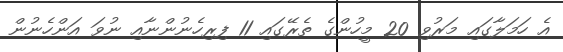
އެ ހަމަލާގައި މަރުވި 20 މީހުންގެ ތެރޭގައި 11 ފިރިހެނުންނާއި ނުވަ އަންހެނުން